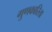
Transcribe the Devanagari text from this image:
गुणकारिता